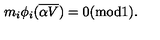
m _ { i } \phi _ { i } ( { \overline { { \alpha V } } } ) = 0 ( \mathrm { m o d } 1 ) .